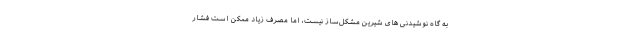
به گاه نوشیدنی های شیرین مشکل‌ساز نیست، اما مصرف زیاد ممکن است فشار